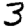
Digit: 3